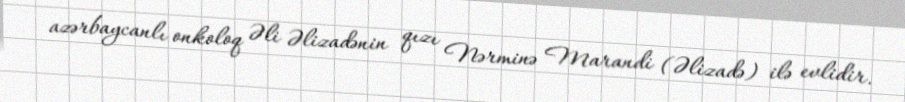
azərbaycanlı onkoloq Əli Əlizadənin qızı Nərminə Marandi (Əlizadə) ilə evlidir.